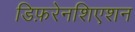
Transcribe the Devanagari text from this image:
डिफ़रेनशिएशन